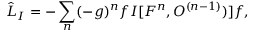
{ \hat { \cal L } } _ { I } = - \sum _ { n } ( - g ) ^ { n } f { \cal I } [ { \cal F } ^ { n } , { \cal O } ^ { ( n - 1 ) } ) ] f ,